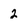
Character: 2